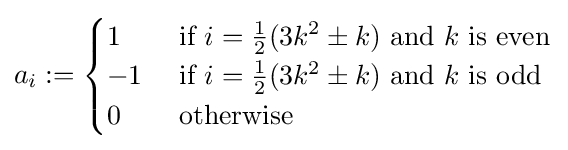
a_{i}:={\begin{cases}1&{\text{ if }}i={\frac {1}{2}}(3k^{2}\pm k){\text{ and }}k{\text{ is even}}\\-1&{\text{ if }}i={\frac {1}{2}}(3k^{2}\pm k){\text{ and }}k{\text{ is odd }}\\0&{\text{ otherwise }}\end{cases}}